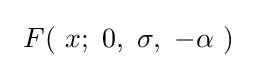
\ F(\ x;\ 0,\ \sigma ,\ -\alpha \ )\